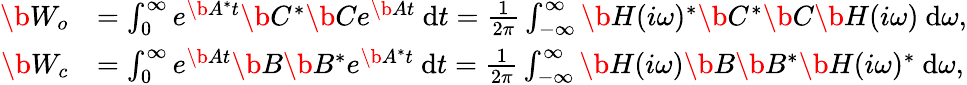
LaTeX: \begin{array}{rl}{\b{W_{o}}}&{=\int_{0}^{\infty}e^{\b{A}^{*}t}\b{C}^{*}\b{C}e^{\b{A}t}~\mathrm{d}t=\frac{1}{2\pi}\int_{-\infty}^{\infty}\b{H}(i\omega)^{*}\b{C}^{*}\b{C}\b{H}(i\omega)~\mathrm{d}\omega,}\\ {\b{W_{c}}}&{=\int_{0}^{\infty}e^{\b{A}t}\b{B}\b{B}^{*}e^{\b{A}^{*}t}~\mathrm{d}t=\frac{1}{2\pi}\int_{-\infty}^{\infty}\b{H}(i\omega)\b{B}\b{B}^{*}\b{H}(i\omega)^{*}~\mathrm{d}\omega,}\end{array}